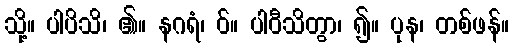
သို့။ ပါပိသိ၊ ၏။ နဂရံ၊ ဝ်။ ပါဝီသိတွာ၊ ၍။ ပုန၊ တစ်ဖန်။